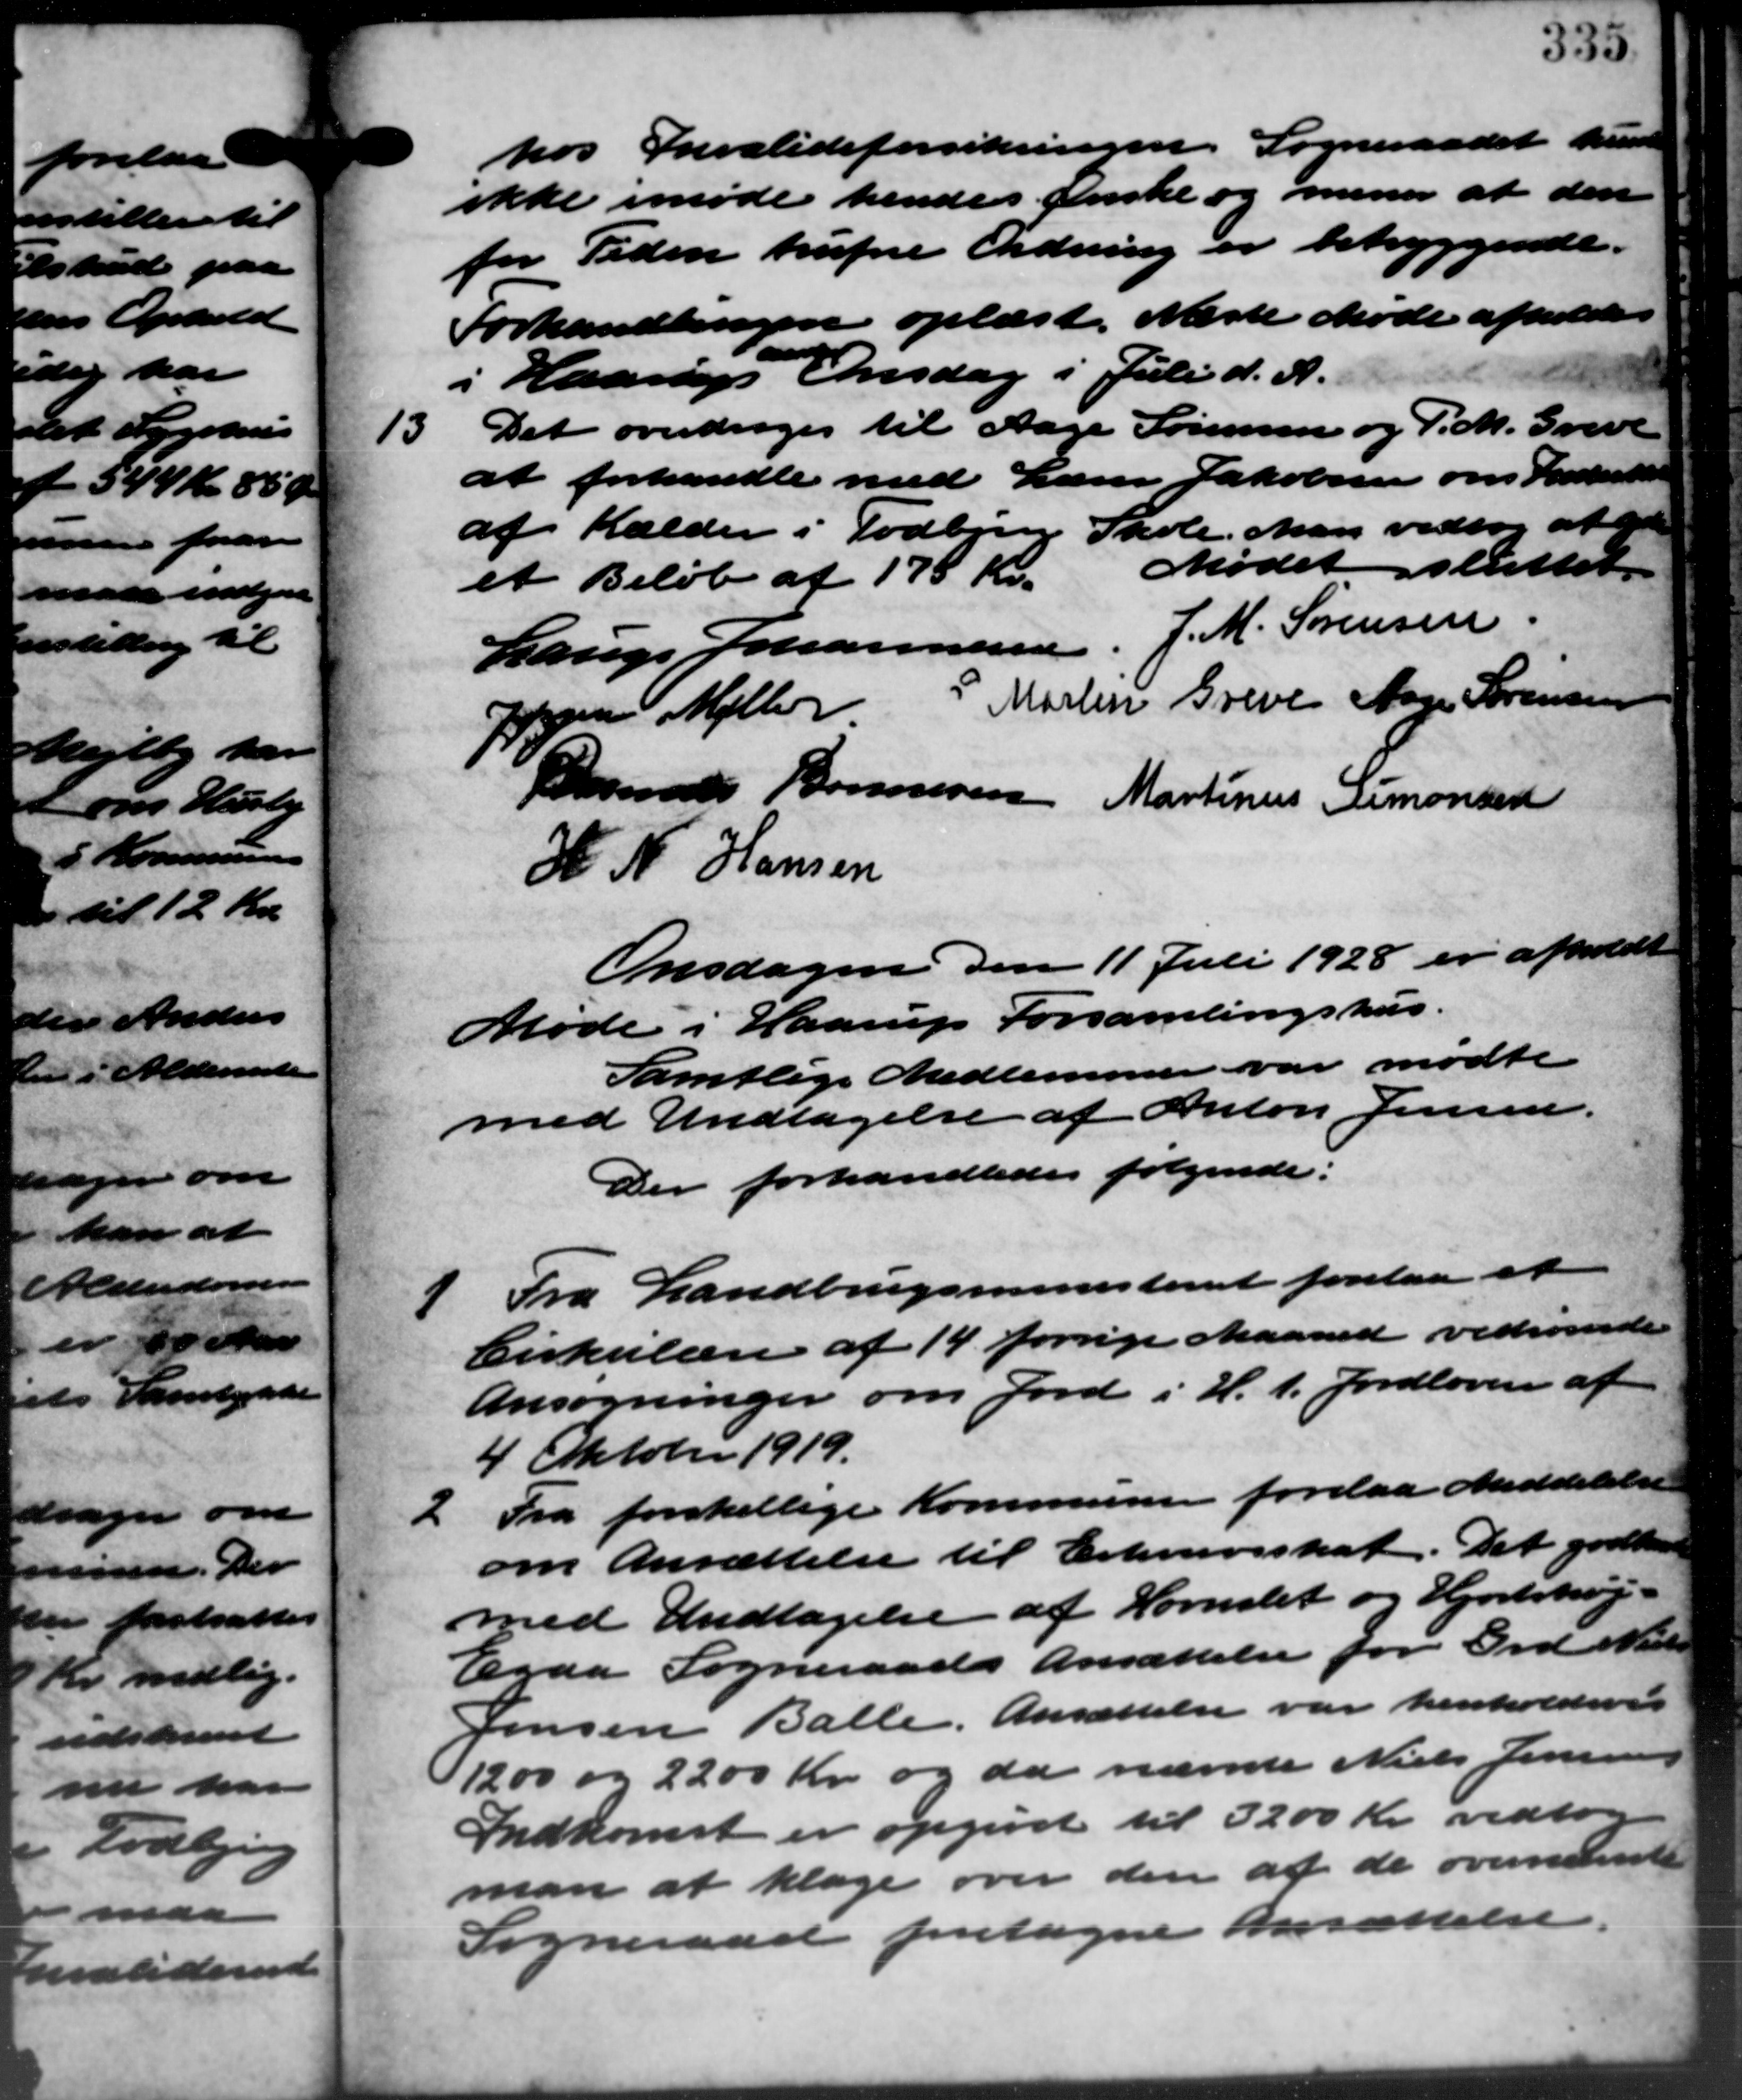
Transskription:
hos Invalideforsikringen. Sogneraadet kunde
ikke imøde hendes Enke og mener at den
for Tiden trufne Ordning er betryggende.
Forhandlingen oplæst. Næste Møde afholdtes
i Haarup Onsdag i Juli d. A.
13
Det overdrages til Aage Sørensen og P. M. Greve
at forhandle med Lærer Jakobsen om Indsættelse
af Kælder i Todbjerg Skole. Man vedtog at god
et Beløb af 175 Kr. Mødet sluttet.
Lauge Johannesen J. M. Sørensen
Jon Møller P. Martin Greve Aage Sørensen
Rasmus Bonnesen Martinus Simonsed
H. N. Hansen
Onsdagen den 11 Juli 1928 er afholdt
Møde i Haarup Forsamlingshus.
Samtlige Medlemmer var mødte
med Undtagelse af Anton Jensen.
Der forhandledes følgende:
1 Fra Landbrugsministeriet forelaa et
1 Fra Landbrugsministeriet forelaa et
Cirkulære af 14 forrige Maaned vedrørende
Ansøgninger om Jord i H. t. Jordloven af
4 Oktober 1919.
2
Fra forskellige Kommunen forelaa Meddelelse
om Ansættelse til Erhvervsskat. Det godkend
med Undtagelse af Hornslet og Hjortshøj -
Egaa Sogneraads Ansættelse for Grd Nielsen
Jensen Balle. Ansættelse var henholdsvis
1200 og 2200 Kr. og da nævnte Niels Jensen
Indkomst er opgivet til 3200 Kr. vedtog
man at klage over den af de overnævnte
Sogneraad foretagne Ansættelse.